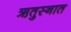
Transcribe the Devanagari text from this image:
ऋतुस्नात